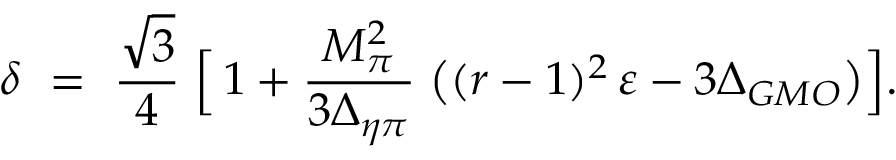
\delta \ = \ \frac { \sqrt { 3 } } { 4 } \; \Big [ \, 1 + \frac { M _ { \pi } ^ { 2 } } { 3 \Delta _ { \eta \pi } } \; \big ( ( r - 1 ) ^ { 2 } \, \varepsilon - 3 \Delta _ { G M O } \big ) \Big ] .